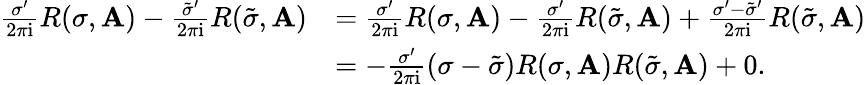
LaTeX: \begin{array}{rl}{\frac{\sigma^{\prime}}{2\pi\mathrm{i}}R(\sigma,\mathbf{A})-\frac{\tilde{\sigma}^{\prime}}{2\pi\mathrm{i}}R(\tilde{\sigma},\mathbf{A})}&{=\frac{\sigma^{\prime}}{2\pi\mathrm{i}}R(\sigma,\mathbf{A})-\frac{\sigma^{\prime}}{2\pi\mathrm{i}}R(\tilde{\sigma},\mathbf{A})+\frac{\sigma^{\prime}-\tilde{\sigma}^{\prime}}{2\pi\mathrm{i}}R(\tilde{\sigma},\mathbf{A})}\\ &{=-\frac{\sigma^{\prime}}{2\pi\mathrm{i}}(\sigma-\tilde{\sigma})R(\sigma,\mathbf{A})R(\tilde{\sigma},\mathbf{A})+0.}\end{array}